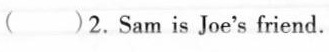
( )2. Sam is Joe's friend.